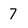
Character: 7